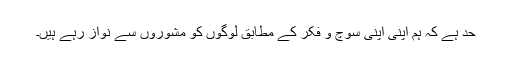
حد ہے کہ ہم اپنی اپنی سوچ و فکر کے مطابق لوگوں کو مشوروں سے نواز رہے ہیں۔